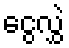
ငွေလွှဲ